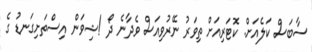
ސާބަސް ކަލެއަށް. ކޮޓަރިއަށް ތިވަރު ނޭރުވިއަސް ވެދާނެ ދޯ !ޝިވަން އިސްތަށިގަނޑު ގެ